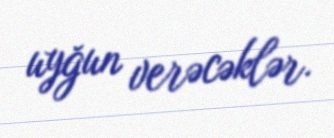
uyğun verəcəklər.